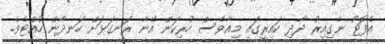
އެފޮޓޯ ނެގިއިރު ދާދި ކައިރީގައި މިއާވެސް ހުރިކަން އޭނާ ރަނގަޅަށް ހަނދާން ހުއްޓެވެ.